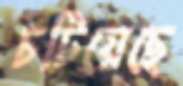
চটিয়েছে